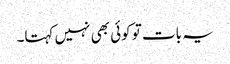
یہ بات تو کوئی بھی نہیں کہتا۔